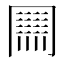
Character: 𠕲